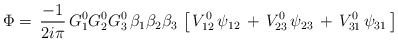
\begin{align*}\Phi=\,{-1\over2i\pi}\,G^0_1G^0_2G^0_3\,\beta_1\beta_2\beta_3\,\left[\,V^0_{12}\,\psi_{12}\,+\,V^0_{23}\,\psi_{23}\,+\,V^0_{31}\,\psi_{31}\,\right]\end{align*}